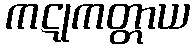
ကဋုကတ္တာယ